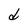
Character: d